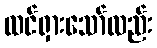
ထင်ရှားသော်လည်း